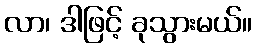
လာ၊ ဒါဖြင့် ခုသွားမယ်။